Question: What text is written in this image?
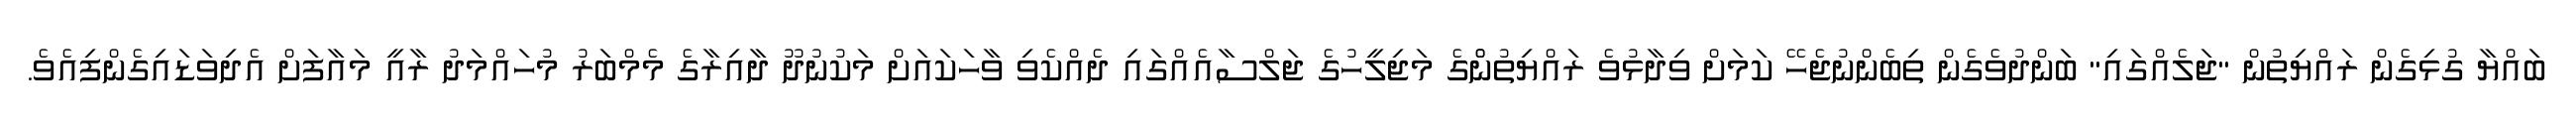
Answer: ބައްޔާ ގުޅިގެން ރައްޔިތުން "ޖަލެއްގައި" ބަންދުވެގެން ތިބެންނުޖެހޭ ކަމަށް ވިދާޅުވެ ރައްޔިތުންްގެ މަޖިލީހުގެ ޖަލްސާއެއްގައި ދެއްކެވި ވާހަކައަށް މަކުނުދޫ ދާއިރާގެ މެމްބަރު މުހައްމަދު ރާއީ މައާފަށް އެދިވަޑައިގެންފިއެވެ.